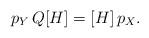
LaTeX: \begin{align*} p_Y\,Q[H] = [H]\,p_X. \end{align*}